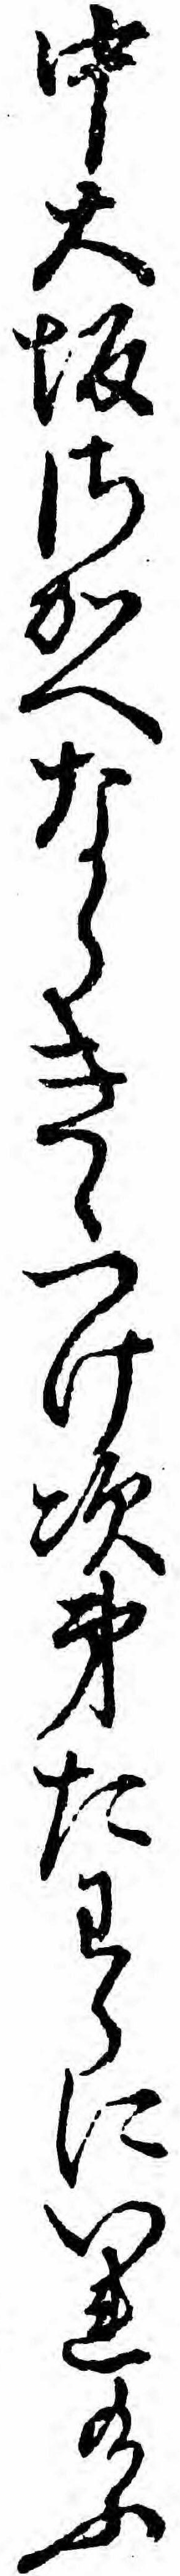
中大坂さかへならきゝつけ次第たわらにいれ給ふ